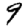
Digit: 9